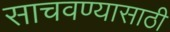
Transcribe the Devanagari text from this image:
साचवण्यासाठी